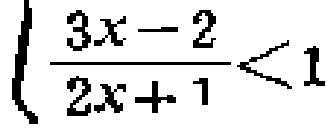
\(\frac{3x - 2}{2x + 1}<1\)